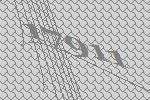
17911